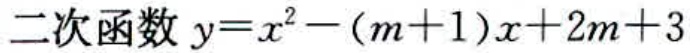
二次函数 \(y = x^{2}-(m + 1)x + 2m + 3\)